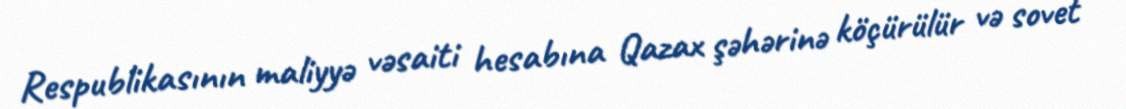
Respublikasının maliyyə vəsaiti hesabına Qazax şəhərinə köçürülür və sovet